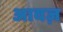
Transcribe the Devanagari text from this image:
आवज़